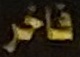
فاخر